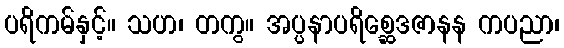
ပရိကမ်နှင့်။ သဟ၊ တကွ။ အပ္ပနာပရိစ္ဆေဒဇာနန ကပညာ၊